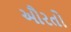
ઔરતો